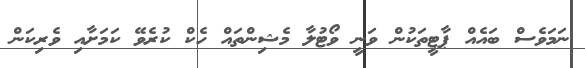
ނަމަވެސް ބައެއް ޕާޓީތަކުން ވަނީ ވޯޓުލާ މެޝިންތައް ހެކް ކުރެވޭ ކަމަށާއި ވެރިކަން